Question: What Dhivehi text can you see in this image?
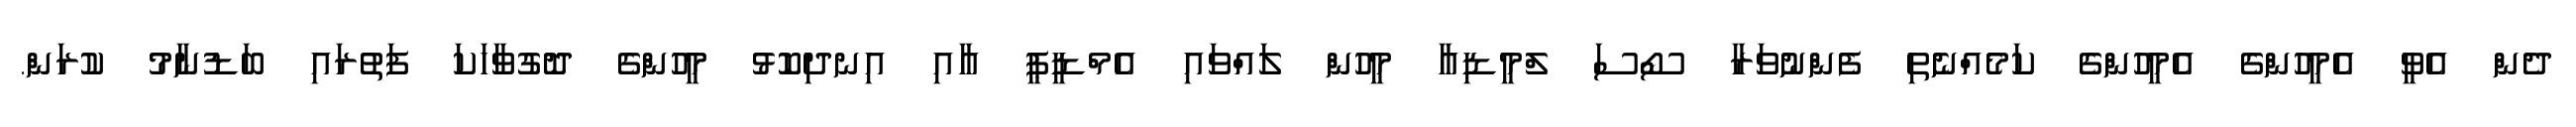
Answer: ދެން އެވީ އެމީހުންގެ އެމީހުންގެ ކަމެއްނެތި ފެންނުވަރާ ސޯސަ ލްމީޑިއާ މީހުން ލައްވައި އެމްޑީޕީ އާއި އިނދިކޮޅު މީހުންގެ ދޮގުވާހަކަ ފަތުރައި ބަޑުނާމު ކުރަން.